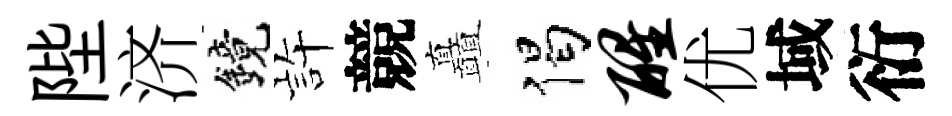
陛济鏡静競矗偈醒优域衍